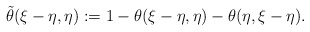
\begin{align*}\tilde{\theta}(\xi-\eta, \eta):= 1- \theta(\xi-\eta, \eta)-\theta(\eta, \xi-\eta).\end{align*}